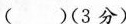
( )(3分)